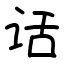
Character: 话